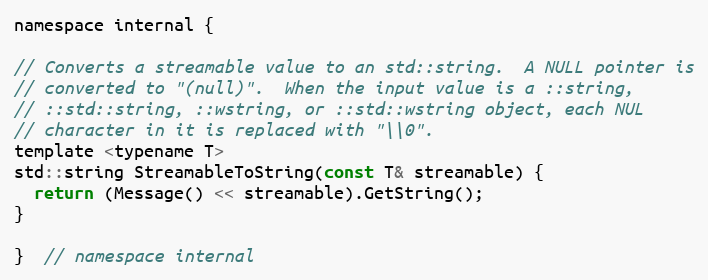
Language: C
namespace internal {

// Converts a streamable value to an std::string.  A NULL pointer is
// converted to "(null)".  When the input value is a ::string,
// ::std::string, ::wstring, or ::std::wstring object, each NUL
// character in it is replaced with "\\0".
template <typename T>
std::string StreamableToString(const T& streamable) {
  return (Message() << streamable).GetString();
}

}  // namespace internal